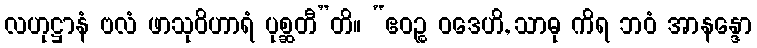
လဟုဋ္ဌာနံ ဗလံ ဖာသုဝိဟာရံ ပုစ္ဆတီ”တိ။ “ဧဝဉ္စ ဝဒေဟိ, သာဓု ကိရ ဘဝံ အာနန္ဒော